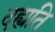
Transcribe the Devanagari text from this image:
दह्यति